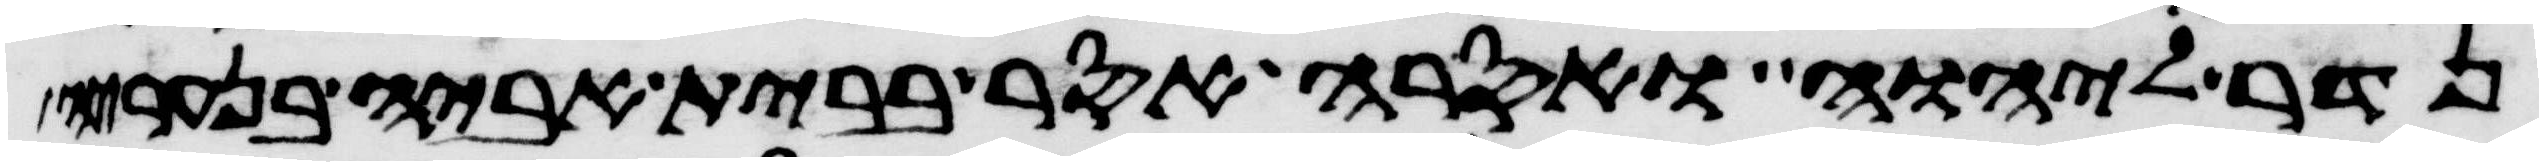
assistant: נדר ליהוה ואסרה אסר בבית אביה בנעריה